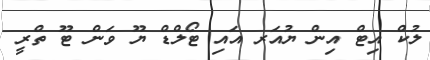
ލުކް އިޓް އިން ޔުއަރ އައި ޓޯލްޑް ޔޫ ވަން ޓޫ ތްރީ